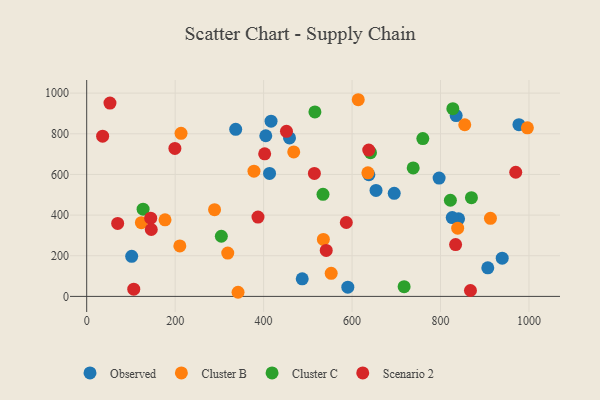
{"axis": {"x": "Study Hours", "y": "Salary"}, "legend": ["Cluster B", "Cluster C", "Observed", "Scenario 2"], "data": [{"x": "906.9", "y": 140.8, "type": "Observed"}, {"x": "695.3", "y": 507.0, "type": "Observed"}, {"x": "796.8", "y": 582.0, "type": "Observed"}, {"x": "840.8", "y": 381.8, "type": "Observed"}, {"x": "939.5", "y": 187.9, "type": "Observed"}, {"x": "977.3", "y": 844.9, "type": "Observed"}, {"x": "413.4", "y": 604.9, "type": "Observed"}, {"x": "404.9", "y": 790.4, "type": "Observed"}, {"x": "826.5", "y": 387.6, "type": "Observed"}, {"x": "336.9", "y": 822.1, "type": "Observed"}, {"x": "590.4", "y": 45.5, "type": "Observed"}, {"x": "416.8", "y": 862.1, "type": "Observed"}, {"x": "458.6", "y": 779.8, "type": "Observed"}, {"x": "101.7", "y": 197.1, "type": "Observed"}, {"x": "638.0", "y": 598.5, "type": "Observed"}, {"x": "835.4", "y": 889.7, "type": "Observed"}, {"x": "487.3", "y": 86.5, "type": "Observed"}, {"x": "654.2", "y": 521.4, "type": "Observed"}, {"x": "177.1", "y": 376.9, "type": "Cluster B"}, {"x": "635.8", "y": 608.2, "type": "Cluster B"}, {"x": "289.1", "y": 426.7, "type": "Cluster B"}, {"x": "838.8", "y": 335.5, "type": "Cluster B"}, {"x": "210.6", "y": 248.1, "type": "Cluster B"}, {"x": "552.8", "y": 113.3, "type": "Cluster B"}, {"x": "468.1", "y": 710.6, "type": "Cluster B"}, {"x": "213.3", "y": 802.4, "type": "Cluster B"}, {"x": "342.2", "y": 20.3, "type": "Cluster B"}, {"x": "123.6", "y": 362.5, "type": "Cluster B"}, {"x": "535.1", "y": 280.1, "type": "Cluster B"}, {"x": "318.9", "y": 213.1, "type": "Cluster B"}, {"x": "378.2", "y": 616.2, "type": "Cluster B"}, {"x": "912.9", "y": 383.9, "type": "Cluster B"}, {"x": "854.8", "y": 844.6, "type": "Cluster B"}, {"x": "614.0", "y": 967.6, "type": "Cluster B"}, {"x": "996.4", "y": 829.5, "type": "Cluster B"}, {"x": "641.7", "y": 707.0, "type": "Cluster C"}, {"x": "827.9", "y": 923.4, "type": "Cluster C"}, {"x": "304.4", "y": 296.0, "type": "Cluster C"}, {"x": "760.0", "y": 776.4, "type": "Cluster C"}, {"x": "822.3", "y": 473.0, "type": "Cluster C"}, {"x": "534.3", "y": 502.4, "type": "Cluster C"}, {"x": "869.9", "y": 485.6, "type": "Cluster C"}, {"x": "516.0", "y": 907.4, "type": "Cluster C"}, {"x": "127.5", "y": 429.0, "type": "Cluster C"}, {"x": "717.7", "y": 47.8, "type": "Cluster C"}, {"x": "738.2", "y": 632.2, "type": "Cluster C"}, {"x": "387.3", "y": 390.4, "type": "Scenario 2"}, {"x": "402.4", "y": 701.5, "type": "Scenario 2"}, {"x": "637.7", "y": 720.1, "type": "Scenario 2"}, {"x": "52.6", "y": 950.9, "type": "Scenario 2"}, {"x": "70.0", "y": 358.8, "type": "Scenario 2"}, {"x": "144.7", "y": 385.0, "type": "Scenario 2"}, {"x": "36.0", "y": 788.4, "type": "Scenario 2"}, {"x": "867.7", "y": 29.1, "type": "Scenario 2"}, {"x": "146.0", "y": 329.1, "type": "Scenario 2"}, {"x": "106.4", "y": 35.7, "type": "Scenario 2"}, {"x": "451.7", "y": 811.9, "type": "Scenario 2"}, {"x": "514.8", "y": 604.9, "type": "Scenario 2"}, {"x": "970.1", "y": 610.9, "type": "Scenario 2"}, {"x": "541.6", "y": 226.1, "type": "Scenario 2"}, {"x": "587.0", "y": 363.5, "type": "Scenario 2"}, {"x": "834.1", "y": 255.0, "type": "Scenario 2"}, {"x": "199.4", "y": 727.9, "type": "Scenario 2"}]}